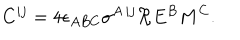
LaTeX: C ^ { i j } = 4 \epsilon _ { A B C } \sigma ^ { A \, i j } \Re E ^ { B } M ^ { C } .